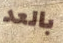
بالعد